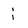
Character: i